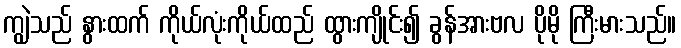
ကျွဲသည် နွားထက် ကိုယ်လုံးကိုယ်ထည် ထွားကျိုင်း၍ ခွန်အားဗလ ပိုမို ကြီးမားသည်။